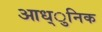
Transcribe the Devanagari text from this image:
आध्ुनिक